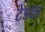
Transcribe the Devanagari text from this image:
टेडला